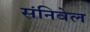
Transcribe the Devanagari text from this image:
संनिवेल